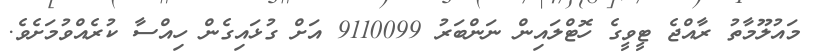
މައުލޫމާތު ރާއްޖެ ޓީވީގެ ހޮޓްލައިން ނަންބަރު 9110099 އަށް ގުޅައިގެން ހިއްސާ ކުރެއްވުމަށެވެ.